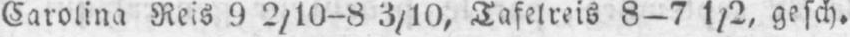
Carolina Reis 9 2/10-8 3/10, Tafelreis 8-7 1/2, gesch.